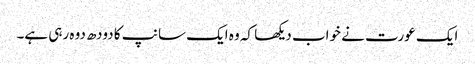
ایک عورت نے خواب دیکھا کہ وہ ایک سانپ کا دودھ دوہ رہی ہے۔